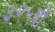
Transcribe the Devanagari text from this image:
३२५वॉ